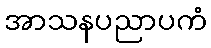
အာသနပညာပကံ